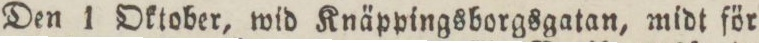
Den 1 Oktober, wid Knäppingsborgsgatan, midt för